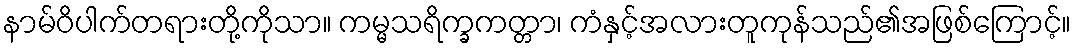
နာမ်ဝိပါက်တရားတို့ကိုသာ။ ကမ္မသရိက္ခကတ္တာ၊ ကံနှင့်အလားတူကုန်သည်၏အဖြစ်ကြောင့်။